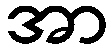
အာ